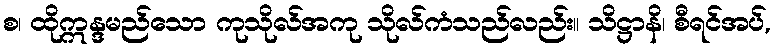
စ၊ ထိုဣန္ဒမည်သော ကုသိုလ်အကု သိုလ်ကံသည်လည်း။ သိဋ္ဌာနိ၊ စီရင်အပ်,